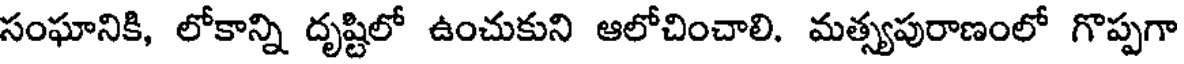
సంఘానికి, లోకాన్ని దృష్టిలో ఉంచుకుని ఆలోచించాలి. మత్స్యపురాణంలో గొప్పగా